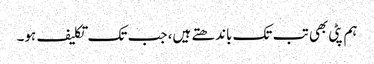
ہم پٹی بھی تب تک باندھتے ہیں، جب تک تکلیف ہو۔